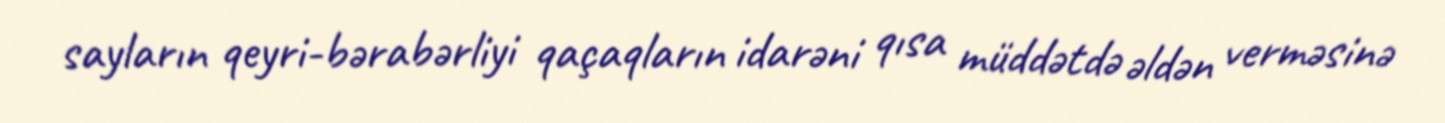
sayların qeyri-bərabərliyi qaçaqların idarəni qısa müddətdə əldən verməsinə